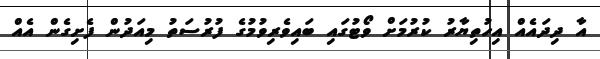
އާ ދިދައެއް އިހުތިޔާރު ކުރުމަށް ވޯޓުގައި ބައިވެރިވުމުގެ ފުރުސަތު މިއަދުން ފެށިގެން އެއް